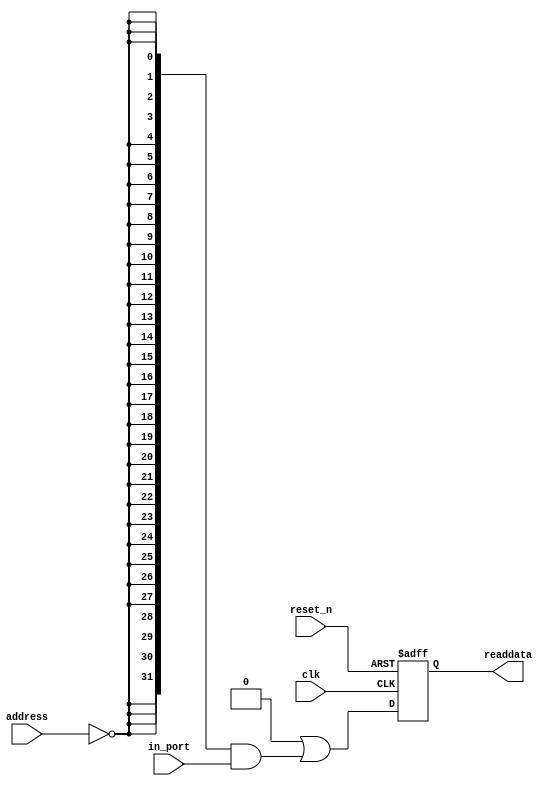
module system1_input0 (
                        // inputs:
                         address,
                         clk,
                         in_port,
                         reset_n,

                        // outputs:
                         readdata
                      )
;

  output  [ 31: 0] readdata;
  input   [  1: 0] address;
  input            clk;
  input   [ 31: 0] in_port;
  input            reset_n;


wire             clk_en;
wire    [ 31: 0] data_in;
wire    [ 31: 0] read_mux_out;
reg     [ 31: 0] readdata;
  assign clk_en = 1;
  //s1, which is an e_avalon_slave
  assign read_mux_out = {32 {(address == 0)}} & data_in;
  always @(posedge clk or negedge reset_n)
    begin
      if (reset_n == 0)
          readdata <= 0;
      else if (clk_en)
          readdata <= {32'b0 | read_mux_out};
    end


  assign data_in = in_port;

endmodule